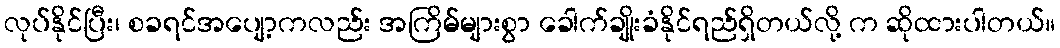
လုပ်နိုင်ပြီး၊ စခရင်အပျော့ကလည်း အကြိမ်များစွာ ခေါက်ချိုးခံနိုင်ရည်ရှိတယ်လို့ က ဆိုထားပါတယ်။